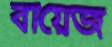
বায়েজ